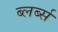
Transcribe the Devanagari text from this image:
ब्लर्ब्स